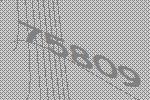
75809